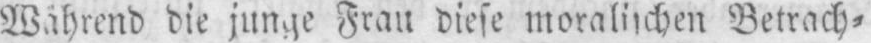
Betrach⸗